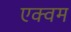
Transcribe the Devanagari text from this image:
एक्वम